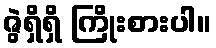
ဇွဲရှိရှိ ကြိုးစားပါ။